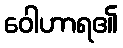
ဝေါဟာရ၏